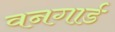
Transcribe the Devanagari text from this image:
वनगार्ड